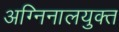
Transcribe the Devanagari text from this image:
अग्निनालयुक्त